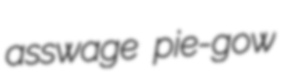
asswage pie-gow